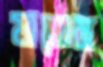
যাতেম